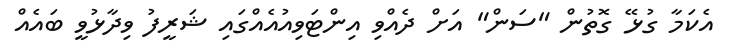
އެކަމާ ގުޅޭ ގޮތުން "ސަން" އަށް ދެއްވި އިންޓަވިއުއެއްގައި ޝަރީފު ވިދާޅުވީ ބައެއް